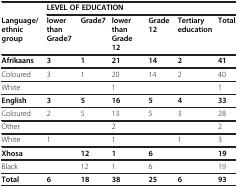
|  | <COLSPAN=6> LEVEL OF EDUCATION |
 | --- | --- | --- | --- | --- | --- | --- |
 | Language/ ethnic group | lower than Grade7 | Grade7 | lower than Grade 12 | Grade 12 | Tertiary education | Total |
 | Afrikaans | 3 | 1 | 21 | 14 | 2 | 41 |
 | Coloured | 3 | 1 | 20 | 14 | 2 | 40 |
 | White |  |  | 1 |  |  | 1 |
 | English | 3 | 5 | 16 | 5 | 4 | 33 |
 | Coloured | 2 | 5 | 13 | 5 | 3 | 28 |
 | Other |  |  | 2 |  |  | 2 |
 | White | 1 |  | 1 |  | 1 | 3 |
 | Xhosa |  | 12 | 1 | 6 |  | 19 |
 | Black |  | 12 | 1 | 6 |  | 19 |
 | Total | 6 | 18 | 38 | 25 | 6 | 93 |